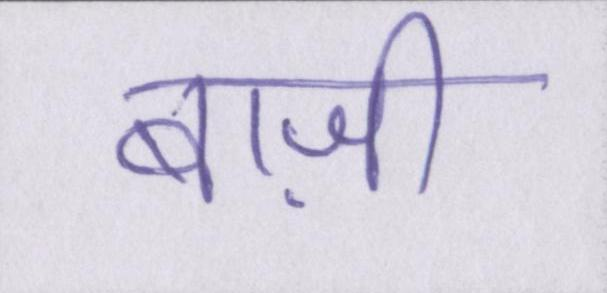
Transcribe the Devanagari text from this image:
बाज़ी